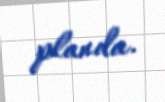
planda.